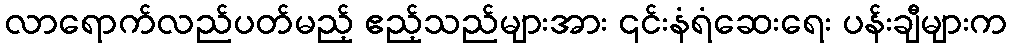
လာရောက်လည်ပတ်မည့် ဧည့်သည်များအား ၎င်းနံရံဆေးရေး ပန်းချီများက